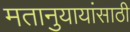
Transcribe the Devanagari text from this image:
मतानुयायांसाठी